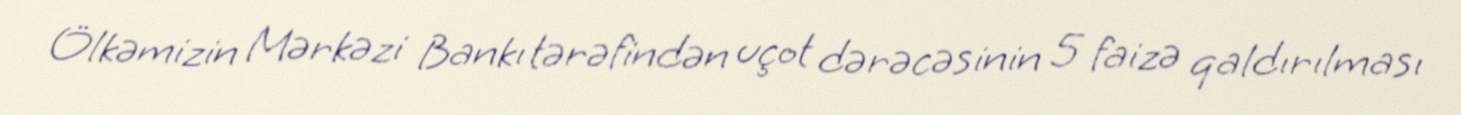
Ölkəmizin Mərkəzi Bankı tərəfindən uçot dərəcəsinin 5 faizə qaldırılması